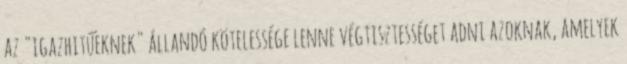
az "igazhitűeknek" állandó kötelessége lenne végtisztességet adni azoknak, amelyek